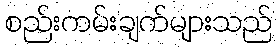
စည်းကမ်းချက်များသည်